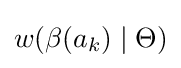
w(\beta (a_{k})\mid \Theta )